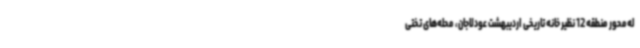
له‌محور منطقه 12 نظیر خانه تاریخی اردیبهشت عودلاجان، محله‌های تختی